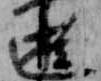
遊